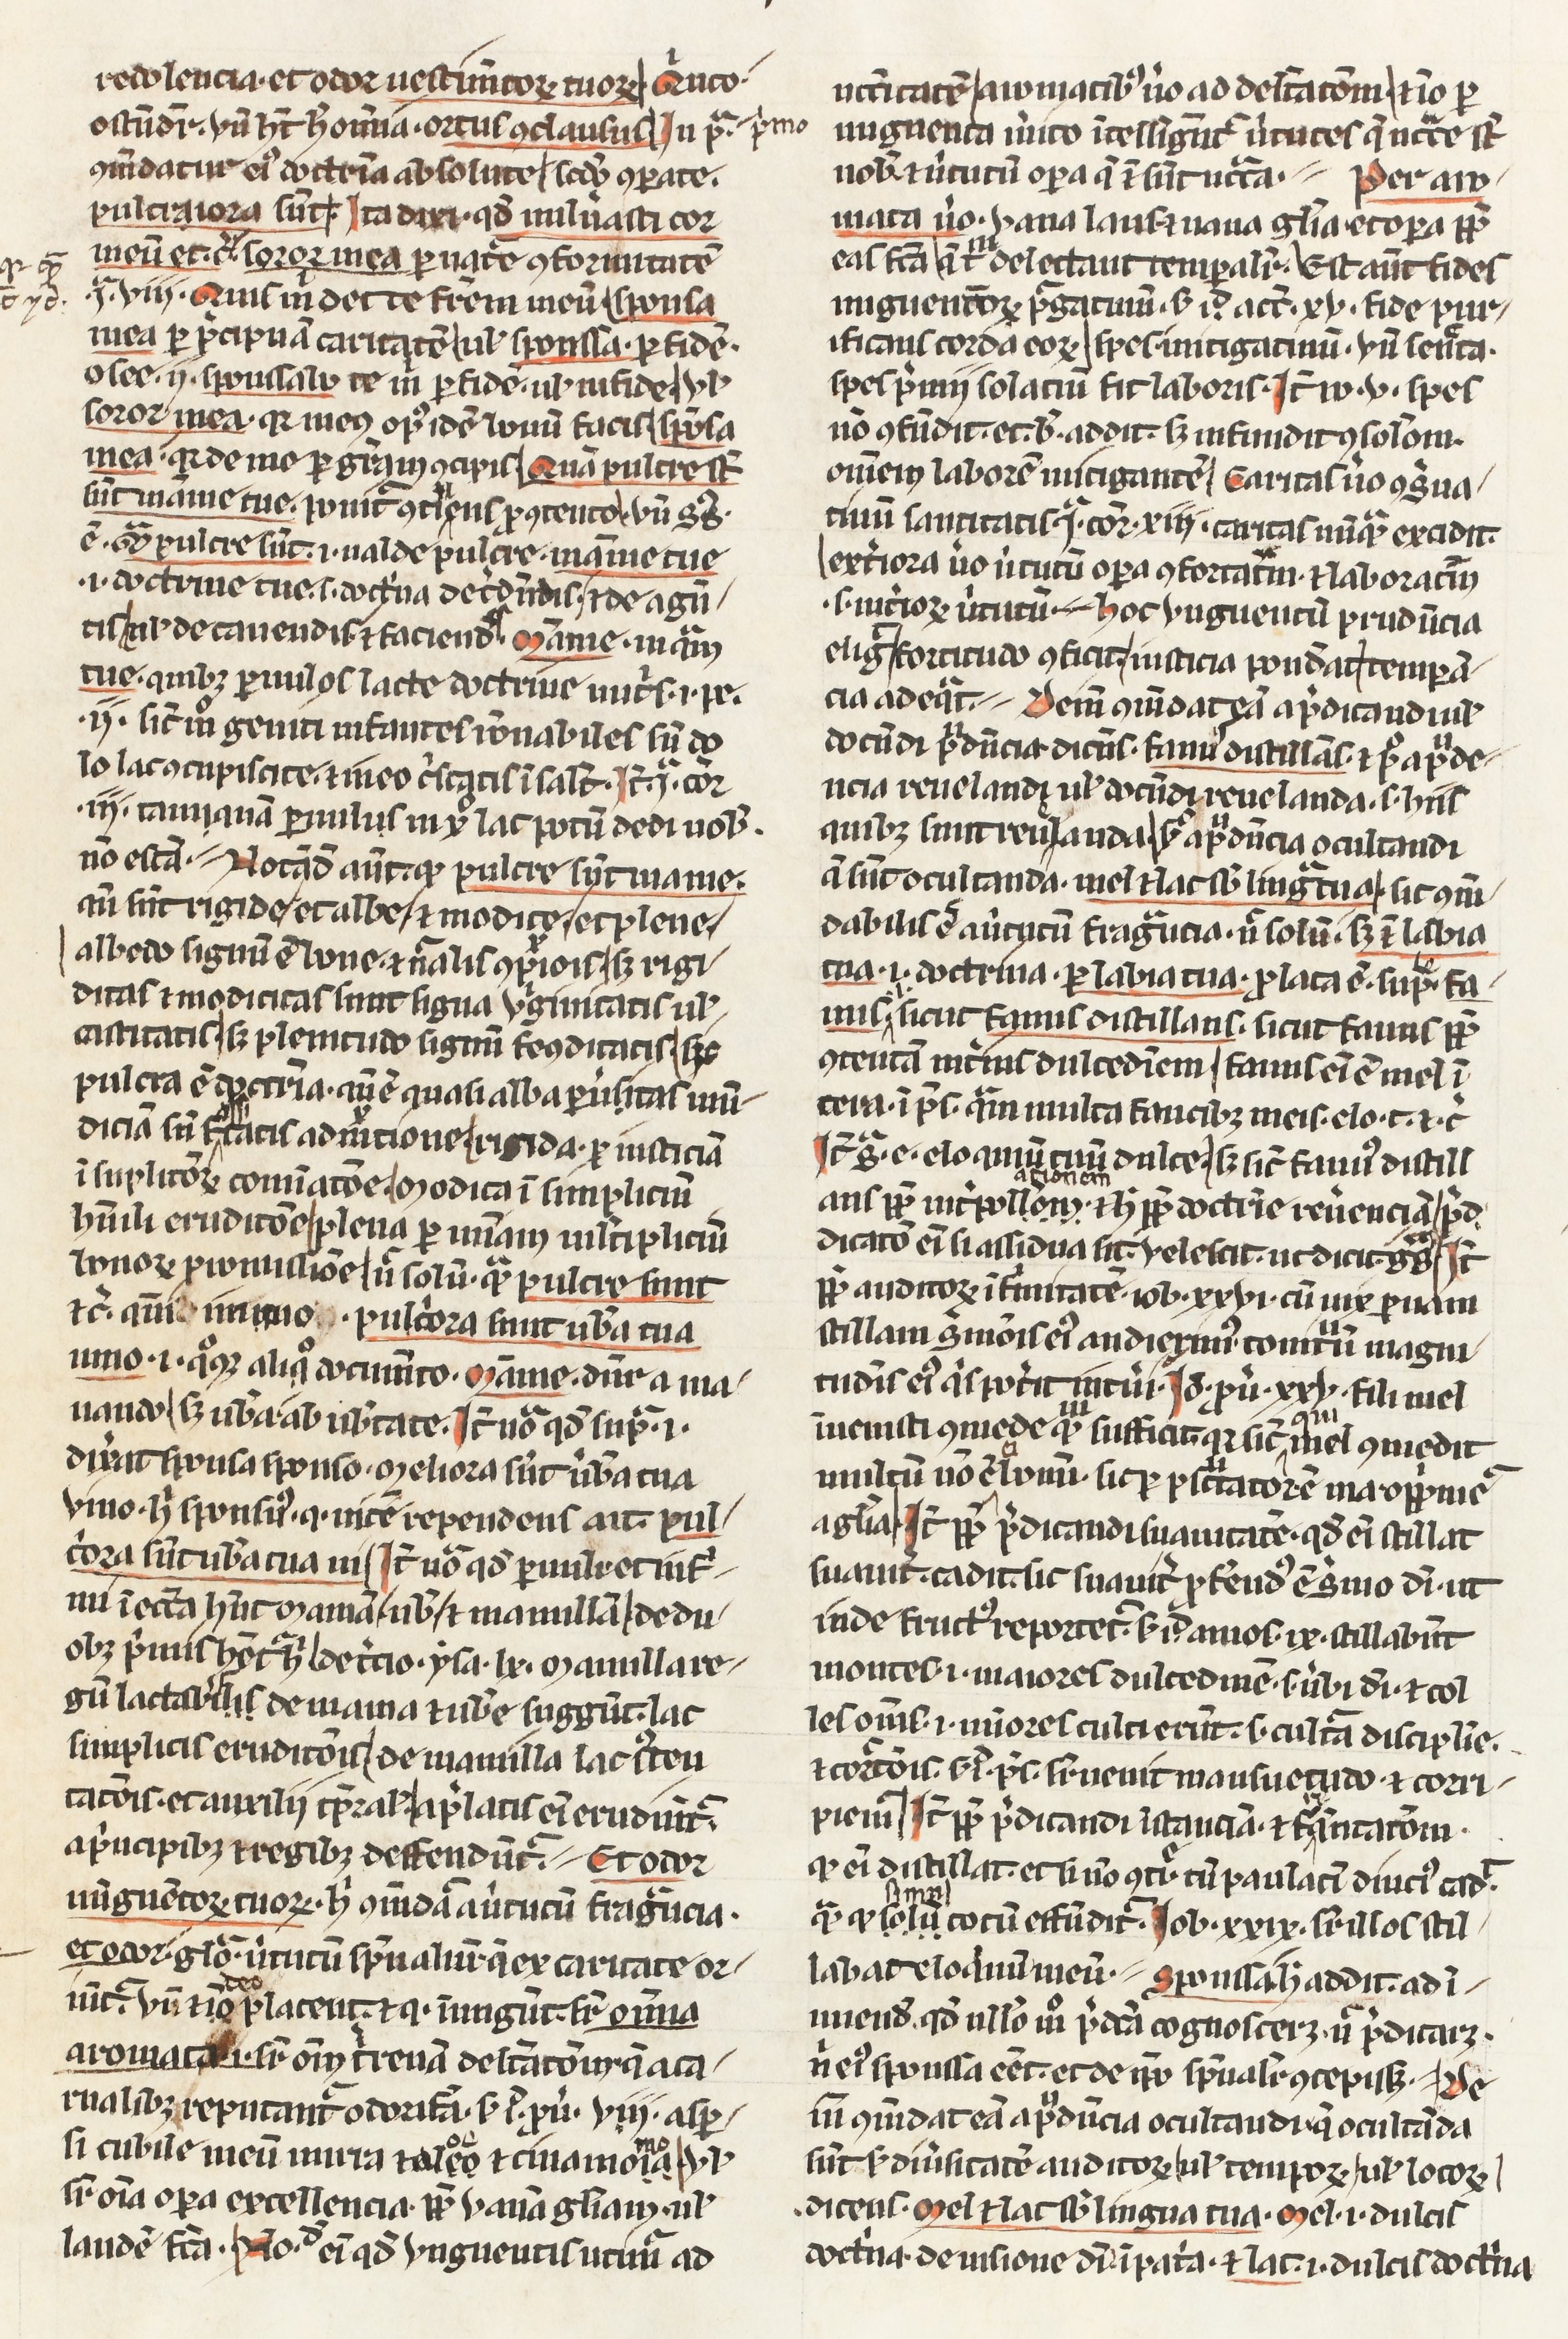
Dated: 1400–1430